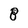
Character: 8